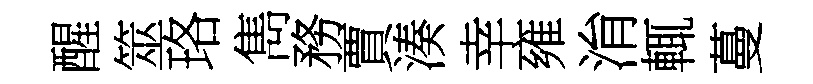
醒筮珞雋務賈湊幸雍㳙輒蔓